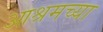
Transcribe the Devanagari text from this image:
आश्रमच्या